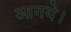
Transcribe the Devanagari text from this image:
आगये।